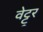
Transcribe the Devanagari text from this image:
वेट्ट्रर